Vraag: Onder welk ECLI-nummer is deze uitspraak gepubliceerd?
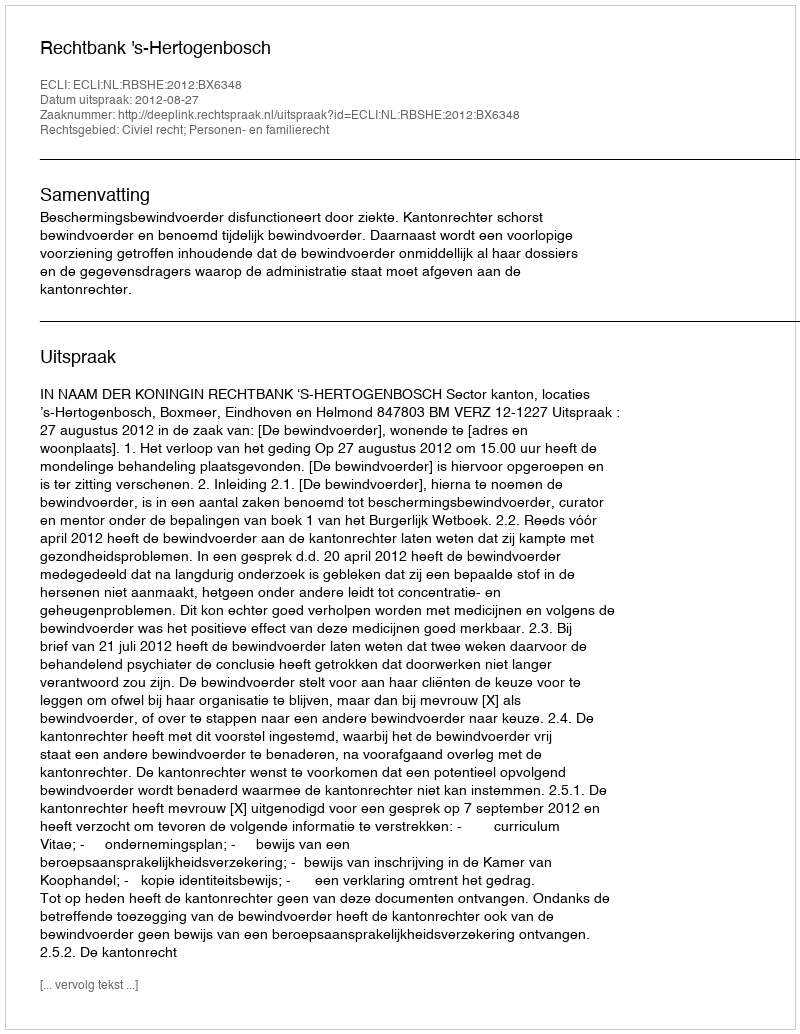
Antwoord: ECLI:NL:RBSHE:2012:BX6348